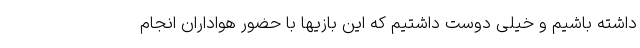
داشته باشیم و خیلی دوست داشتیم که این بازیها با حضور هواداران انجام